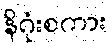
နိဂုံးစကား